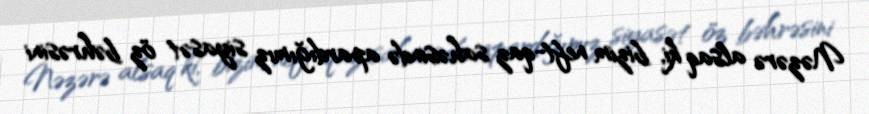
Nəzərə alsaq ki, bizim neft-qaz sahəsində apardığımız siyasət öz bəhrəsini